Report on the bubonic plague in Bombay, 1896-1897
Year: 1896
Disease focus: Plague
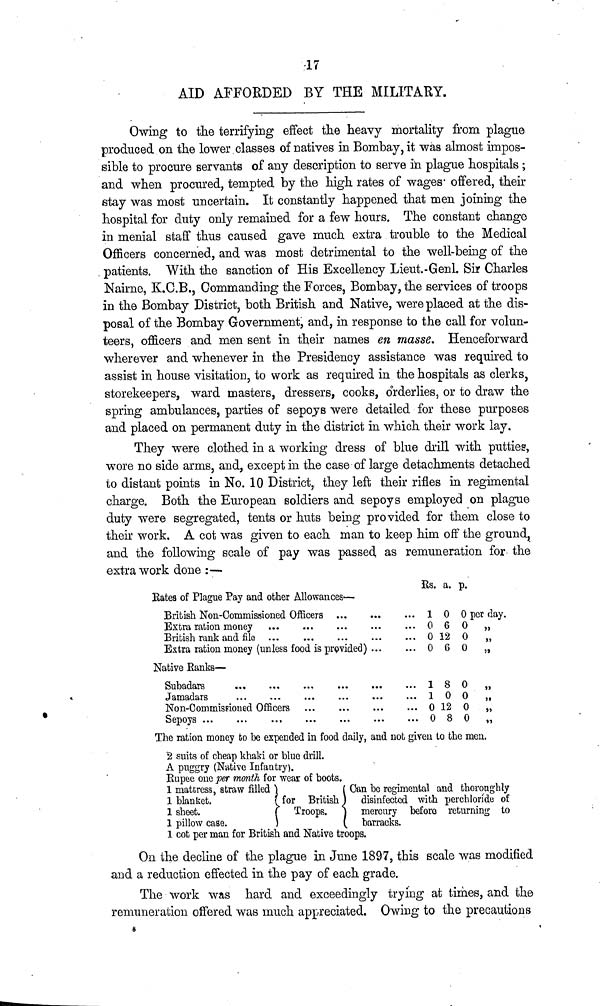
17
AID AFFORDED BY THE MILITARY.
Owing to the terrifying effect the heavy mortality from plague
produced on the lower, classes of natives in Bombay, it was almost impos-
sible to procure servants of any description to serve in plague hospitals ;
and when procured, tempted by the high rates of wages' offered, their
stay was most uncertain. It constantly happened that men joining the
hospital for duty only remained for a few hours. The constant change
in menial staff thus caused gave much extra trouble to the Medical
Officers concerned, and was most detrimental to the well-being of the
patients. With the sanction of His Excellency Lieut.-Genl. Sir Charles
Nairne, K.C.B., Commanding the Forces, Bombay, the services of troops
in the Bombay District, both British and Native, were placed at the dis-
posal of the Bombay Government, and, in response to the call for volun-
teers, officers and men sent in their names en masse. Henceforward
wherever and whenever in the Presidency assistance was required to
assist in house visitation, to work as required in the hospitals as clerks,
storekeepers, ward masters, dressers, cooks, orderlies, or to draw the
spring ambulances, parties of sepoys were detailed for these purposes
and placed on permanent duty in the district in which their work lay.
They were clothed in a working dress of blue drill with putties,
wore no side arms, and, except in the case of large detachments detached
to distant points in No. 10 District, they left their rifles in regimental
charge. Both the European soldiers and sepoys employed on plague
duty were segregated, tents or huts being provided for them close to
their work. A cot was given to each man to keep him off the ground,
and the following scale of pay was passed, as remuneration for the
extra work done :—
Rates of Plague Pay and other Allowances—
British Non-Commissioned Officers ... ... ...
Extra ration money ... ... ... ... ...
British rank and file ... ... ... ... ...
Extra ration money (unless food is provided)
Native Ranks—
Subadars
...
...
...
...
...
...
Jamadars
...
...
...
...
...
...
Non-Commissioned Officers ... ... ... ...
Sepoys
...
...
...
...
...
...
...
Rs.
1
0
0
0
1
1
0
0
a.
0
6
12
6
8
0
12
8
p.
0 per day.
0 "
0 "
0 "
0 "
0 "
0 "
o
„
The ration money to be espended in food daily, and not given to the men.
2 suits of cheap khaki or blue drill.
A puggry (Native Infantry).
Runee one Per month for wear of boots.
1 mattress, straw filled
1 blanket.
1 sheet.
1 pillow case.
for British
Troops.
Can be regimental and thoroughly
disinfected with perchloride of
mercury before returning to
barracks.
1 cot per man for British and Native troops.
On the decline of the plague In June 1897, this scale was modified
and a reduction effected in the pay of each grade.
The work was hard and exceedingly trying at times, and the
remuneration offered was much appreciated. Owing to the precautions